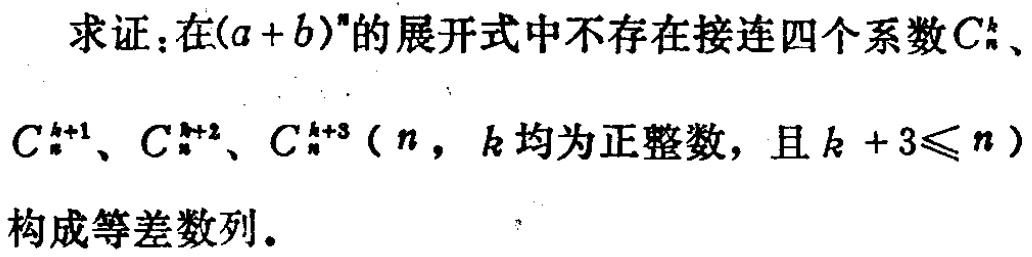
求证：在\((a + b)^n\)的展开式中不存在接连四个系数\(C_{n}^{k}\)、\(C_{n}^{k + 1}\)、\(C_{n}^{k + 2}\)、\(C_{n}^{k + 3}\)（\(n\)，\(k\)均为正整数，且\(k + 3\leqslant n\)）构成等差数列。